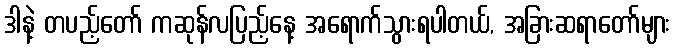
ဒါနဲ့ တပည့်တော် ကဆုန်လပြည့်နေ့ အရောက်သွားရပါတယ်, အခြားဆရာတော်များ